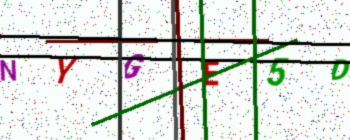
Text: NYGE5D